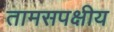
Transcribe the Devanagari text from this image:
तामसपक्षीय